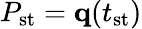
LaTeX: P_{\mathrm{st}}=\mathbf{q}(t_{\mathrm{st}})